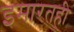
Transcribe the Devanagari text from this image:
इमारतही